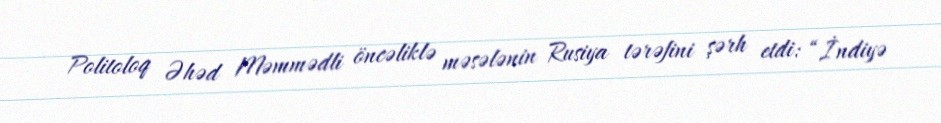
Politoloq Əhəd Məmmədli öncəliklə məsələnin Rusiya tərəfini şərh etdi: “İndiyə